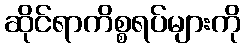
ဆိုင်ရာကိစ္စရပ်များကို